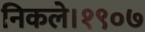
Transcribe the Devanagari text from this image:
निकले।१९०७